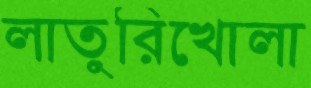
লাতুরিখোলা